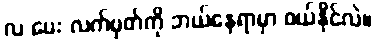
လ ပေး လက်မှတ်ကို ဘယ်နေရာမှာ ဝယ်နိုင်လဲ။